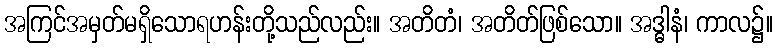
အကြင်အမှတ်မရှိသောရဟန်းတို့သည်လည်း။ အတိတံ၊ အတိတ်ဖြစ်သော။ အဒ္ဓါနံ၊ ကာလ၌။